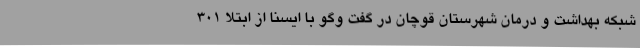
شبکه بهداشت و درمان شهرستان قوچان در گفت وگو با ایسنا از ابتلا 301